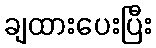
ချထားပေးပြီး